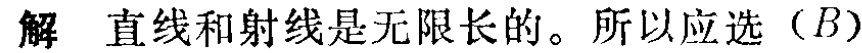
解 直线和射线是无限长的。所以应选（\(B\)）